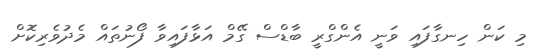
މި ކަން ހިނގާފައި ވަނީ އެންގްރީ ބާޑްސް ގޭމް އަޅާފައިވާ ފޯނުތައް މެދުވެރިކޮށް